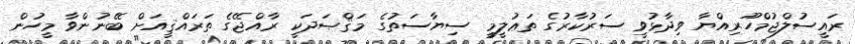
ރައީސުލްޖުމްހޫރިއްޔާ ވިދާޅުވީ ސަރުކާރުގެ ތަޢުލީމީ ސިޔާސަތުގެ މަޤްޞަދަކީ ރާއްޖޭގެ ތަރައްޤީއަށް ބޭނުންވާ މީހުން